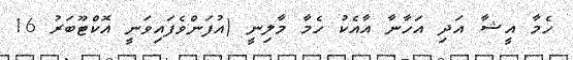
ހެމާ އީޝާ އަދި އަހާނާ އާއެކު ހެމާ މާލިނީ (އުފަންވެފައިވަނީ އޮކްޓޫބަރު 16